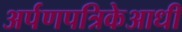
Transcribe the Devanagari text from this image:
अर्पणपत्रिकेआधी